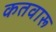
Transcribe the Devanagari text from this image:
कतवारू